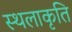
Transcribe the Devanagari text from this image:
स्‍थलाकृति